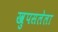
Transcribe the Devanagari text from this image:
खुपसलेला